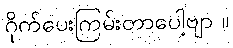
ဂိုက်ပေးကြမ်းတာပေါ့ဗျာ ။